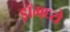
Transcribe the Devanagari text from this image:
ड्रॉमध्ये